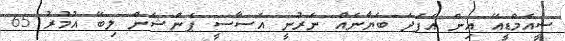
ސީއެމްޑީއޭ އިން އެފަދަ ބަޔާނެއް ނެރުނީ އަސާސީ ޕެންޝަން ލިބޭ އުމުރު 65